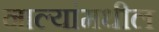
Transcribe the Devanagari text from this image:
नाल्यांमधील